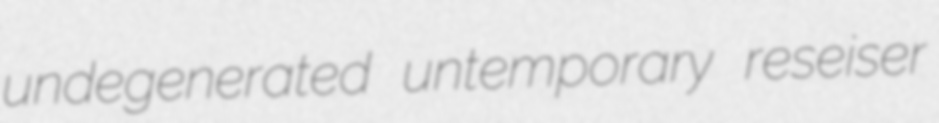
undegenerated untemporary reseiser